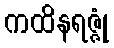
ကထိနရဇ္ဇုံ